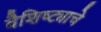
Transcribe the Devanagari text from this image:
वैशिष्ट्याचे